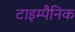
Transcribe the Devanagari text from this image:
टाइम्पैनिक